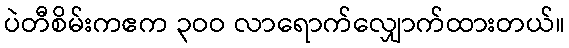
ပဲတီစိမ်းကဧက ၃ဝဝ လာရောက်လျှောက်ထားတယ်။